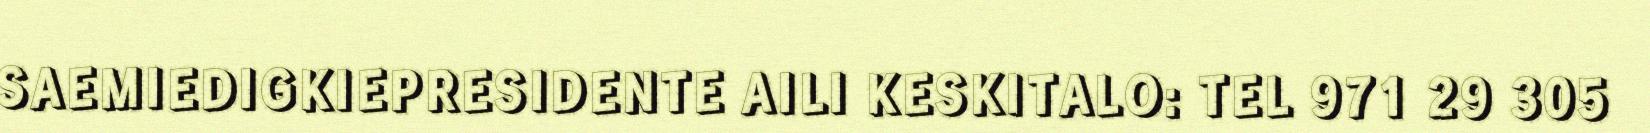
SAEMIEDIGKIEPRESIDENTE AILI KESKITALO: TEL 971 29 305